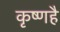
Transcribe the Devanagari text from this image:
कृष्णहै